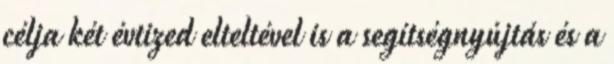
célja két évtized elteltével is a segítségnyújtás és a